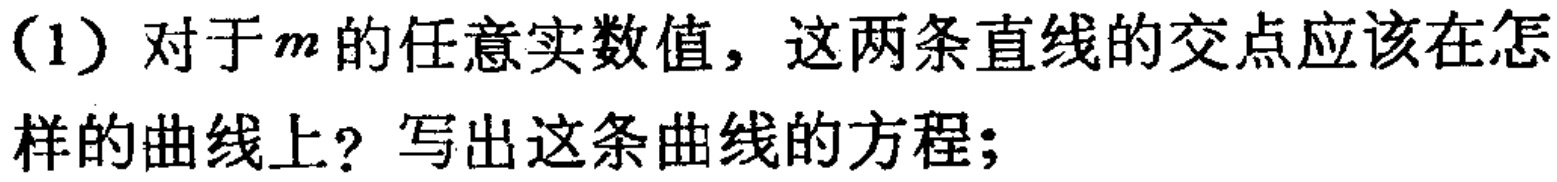
(1) 对于\(m\)的任意实数值，这两条直线的交点应该在怎样的曲线上？写出这条曲线的方程；